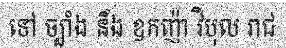
ទៅ ច្បាំង នឹង ឧកញ៉ា វិបុល រាជ